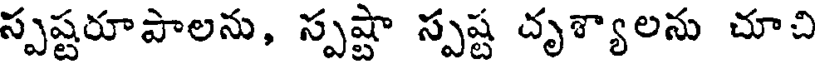
స్పష్టరూపాలను, స్పష్టా స్పష్ట దృశ్యాలను చూచి